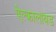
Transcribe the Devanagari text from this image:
ऐल्कालायड